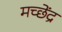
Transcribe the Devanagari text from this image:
मच्छेंद्र